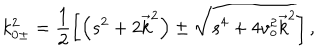
k _ { 0 \pm } ^ { 2 } = \frac { 1 } { 2 } \left[ \left( s ^ { 2 } + 2 \overrightarrow { k } ^ { 2 } \right) \pm \sqrt { s ^ { 4 } + 4 v _ { o } ^ { 2 } \overrightarrow { k } ^ { 2 } } \right] ,